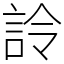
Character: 詅